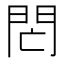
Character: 𨳑